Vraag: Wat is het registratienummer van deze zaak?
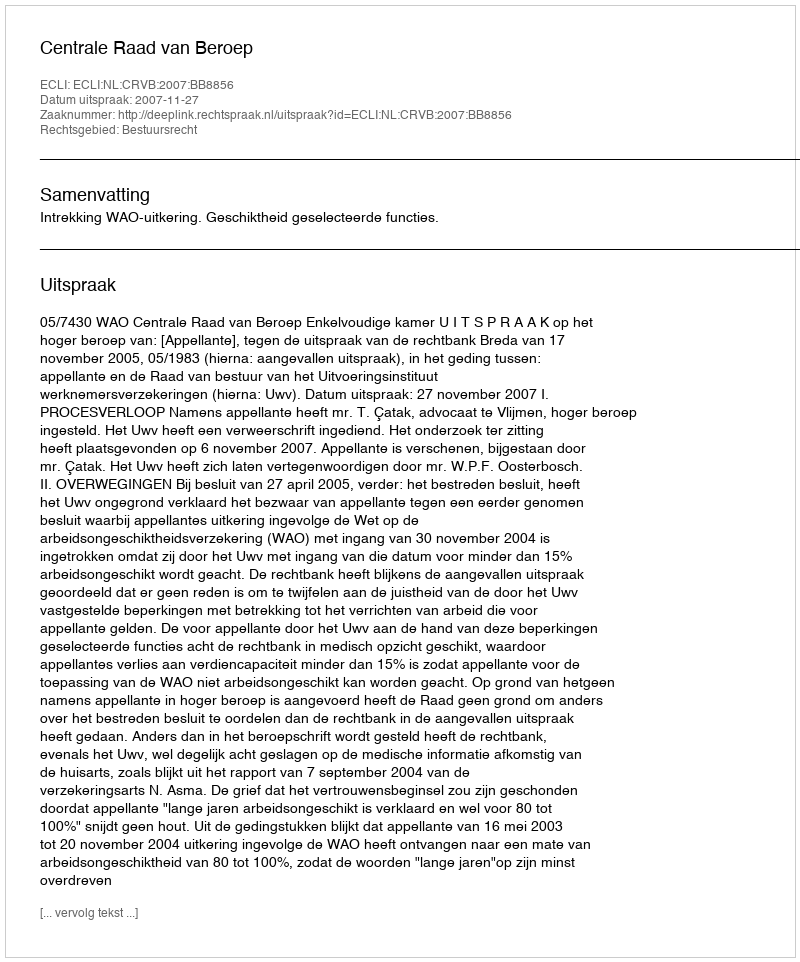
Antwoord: http://deeplink.rechtspraak.nl/uitspraak?id=ECLI:NL:CRVB:2007:BB8856